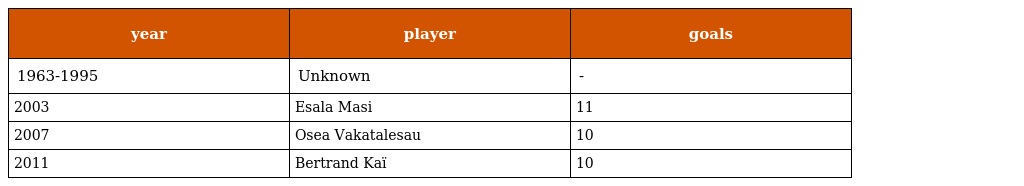
| year | player | goals |
 | --- | --- | --- |
 | 1963-1995 | Unknown | - |
 | 2003 | Esala Masi | 11 |
 | 2007 | Osea Vakatalesau | 10 |
 | 2011 | Bertrand Kaï | 10 |